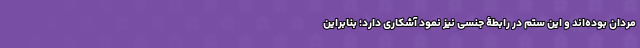
مردان بوده‌اند و این ستم در رابطۀ جنسی نیز نمود آشکاری دارد؛ بنابراین